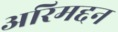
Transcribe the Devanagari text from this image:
अरिमद्दन